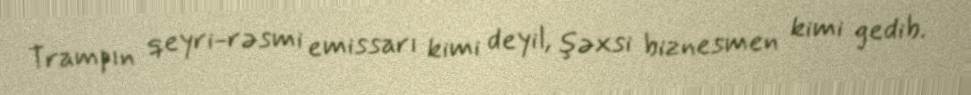
Trampın qeyri-rəsmi emissarı kimi deyil, şəxsi biznesmen kimi gedib.